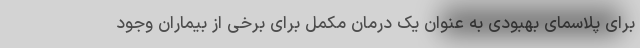
برای پلاسمای بهبودی به عنوان یک درمان مکمل برای برخی از بیماران وجود